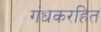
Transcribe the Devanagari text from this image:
गंधकरहित